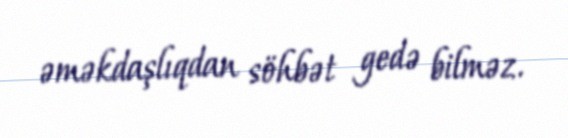
əməkdaşlıqdan söhbət gedə bilməz.